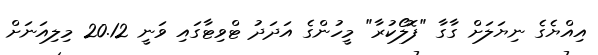
އިއްޔެގެ ނިޔަލަށް ގާގާ "ފޮލޯކުރާ" މީހުންގެ އަދަދު ޓްވިޓާގައި ވަނީ 20.12 މިލިއަނަށް